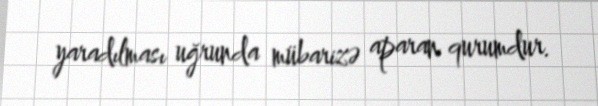
yaradılması uğrunda mübarizə aparan qurumdur.